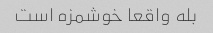
بله واقعا خوشمزه است